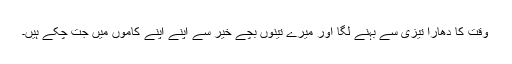
وقت کا دھارا تیزی سے بہنے لگا اور میرے تینوں بچے خیر سے اپنے اپنے کاموں میں جُت چکے ہیں۔